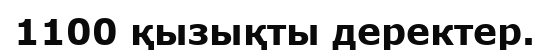
1100 қызықты деректер.